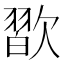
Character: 𣤊